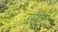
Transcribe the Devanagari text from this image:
उसीको